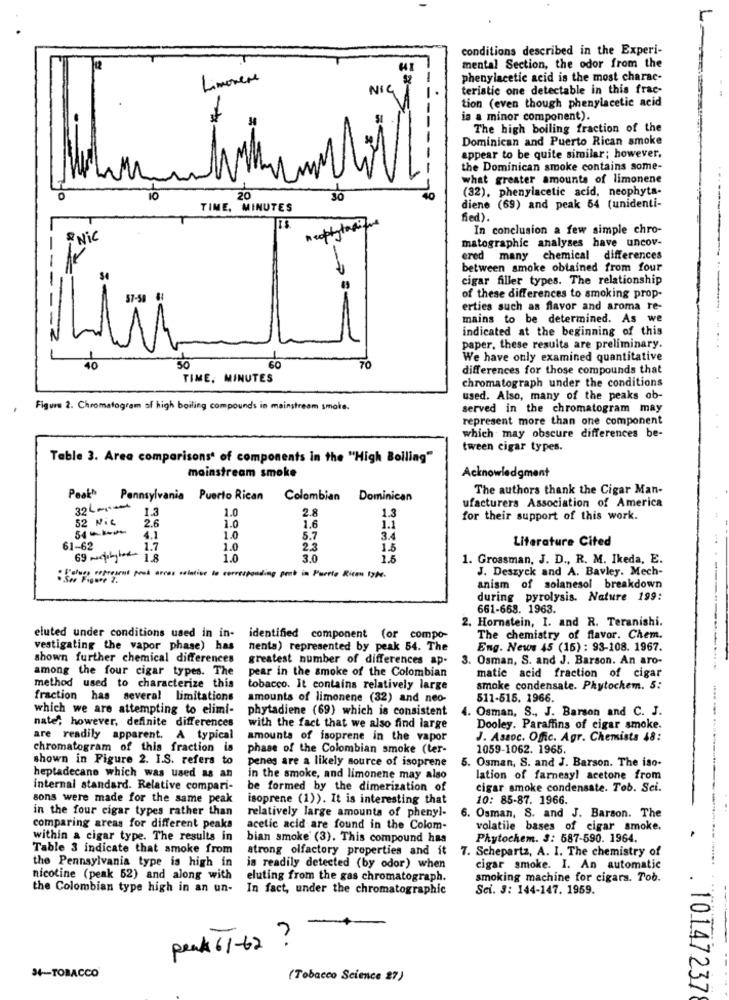
conditions described in the Experi-
mental Section, the odor from the
Limonene
phenylacetic acid is the most charac-
NIG
teristic one detectable in this frac-
tion (even though phenylacetic acid
ia a minor component).
The high boiling fraction of the
Dominican and Puerto Rican smoke
appear to be quite similar; however,
-----
the Dominican smoke contains some-
1
what greater amounts of limonene
(32), phenylacetic acid, neophyta-
20
30
TIME, MINUTES
diene (69) and peak 54 (unidenti-
neophytoxique
fied).
In conclusion a few simple chro-
Nic
matographic analyses have uncov-
ered many chemical differences
between smoke obtained from four
cigar filler types. The relationship
of these differences to smoking prop-
erties such as flavor and aroma re-
mains to be determined. As we
indicated at the beginning of this
paper, these results are preliminary.
70
We have only examined quantitative
40
50
60
differences for those compounds that
TIME, MINUTES
chromatograph under the conditions
used. Also, many of the peaks ob-
Figure 2. Chromatogram af high boiling compounds in mainstream smole.
served in the chromatogram may
represent more than one component
which may obscure differences be-
tween cigar types.
Table 3. Area comparisons' of components in the "High Bolling"
mainstream smoke
Acknowledgment
The authors thank the Cigar Man-
Peak" Pennsylvania Puerto Rican Colombian
Dominican
ufacturers Association of America
32-1-1
1.0
2.8
1.3
52 Nic
1.3
1.0
for their support of this work.
2.6
1.6
1.1
4.1
1.0
5.7
3.4
Literature Cited
61-62
1.7
1.0
2.3
1.5
69 ~edith 1.8
1.0
3.0
1.5
1. Grossman, J. D ., R. M. Ikeda, E.
J. Deszyck and A. Bavley. Mech-
I slurp represent peak arres relative to corresponding pret in Puerto Rican type.
anism of solanesol breakdown
during pyrolysis. Nature 199:
661-668. 1963.
2. Hornstein, I. and R. Teranishi.
eluted under conditions used in in-
identified component (or compo-
The chemistry of flavor. Chem.
vestigating the vapor phase) has
nenta) represented by peak 54. The
Eng. News 45 (15) : 93-108. 1967.
shown further chemical differences
greatest number of differences ap-
3. Osman, S. and J. Barson. An aro-
among the four cigar types. The
pear in the smoke of the Colombian
matic acid fraction of cigar
method used to characterize this
tobacco. It contains relatively large
smoke condensate. Phytochem. 5:
fraction has several limitations
amounts of limonene (32) and neo-
511-515. 1966.
which we are attempting to elimi-
phytadiene (69) which is consistent
4. Osman, S ., J. Barson and C. J.
nate; however, definite differences
with the fact that we also find large
Dooley. Paraffins of cigar smoke.
are readily apparent. A typical
amounts of isoprene in the vapor
J. Assoc. Offic. Agr. Chemists 48:
chromatogram of this fraction is
phase of the Colombian smoke (ter-
1059-1062. 1965.
shown in Figure 2. I.S. refers t
penes are a likely source of isoprene
5. Osman, S. and J. Barson. The iso-
heptadecane which was used as an
in the smoke, and limonene may also
lation of farnesyl acetone from
internal standard. Relative compari-
be formed by the dimerization of
cigar smoke condensate. Tob. Sci.
sons were made for the same peak
isoprene (1)). It is interesting that
10: 85-87. 1966.
in the four cigar types rather than
relatively large amounts of phenyl-
6. Osman, S. and J. Barson. The
comparing areas for different peaks
acetic acid are found in the Colom-
volatile bases of cigar smoke.
within a cigar type. The results in
bian smoke' (3). This compound has
Phytochem. 3: 587-590. 1964.
Table 3 indicate that smoke from
strong olfactory properties and it
7. Scheparta, A. I. The chemistry of
the Pennsylvania type is high in
is readily detected (by odor) when
cigar smoke. I. An automatic
nicotine (peak 52) and along with
eluting from the gas chromatograph.
smoking machine for cigars. Tob.
the Colombian type high in an un-
In fact, under the chromatographic
Sei. 3: 144-147. 1959.
peak 51-62 ?-
34-TOBACCO
(Tobacco Science 27)
. 10147237